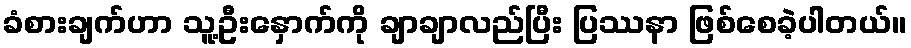
ခံစားချက်ဟာ သူ့ဦးနှောက်ကို ချာချာလည်ပြီး ပြဿနာ ဖြစ်စေခဲ့ပါတယ်။